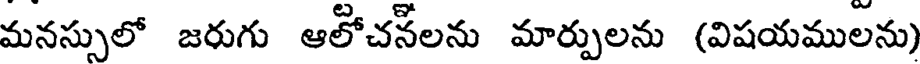
మనస్సులో జరుగు ఆలోచసీలను మార్పులను (విషయములను)